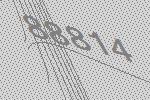
88814